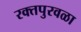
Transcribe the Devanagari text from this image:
रक्तपुरवळा